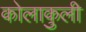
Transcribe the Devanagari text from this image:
कोलाकुली